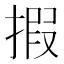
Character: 𢱈